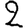
Digit: 2